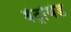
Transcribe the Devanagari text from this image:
बेट्रोथेड